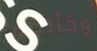
وكأنكم